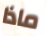
ماذا